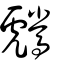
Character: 𩦶